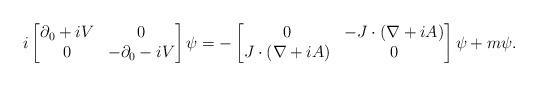
LaTeX: \begin{align*} i \begin{bmatrix} \partial_0 +i V & 0 \\0 & -\partial_0 - iV\end{bmatrix} \psi = - \begin{bmatrix} 0 & - J \cdot (\nabla + i A)\\J \cdot (\nabla + i A) & 0\end{bmatrix} \psi + m \psi.\end{align*}